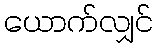
ယောက်လျှင်